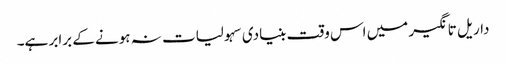
داریل تانگیر میں اس وقت بنیادی سہولیات نہ ہونے کے برابر ہے۔